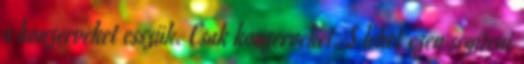
a konzerveket esszük. Csak konzerveket. S lehet ezen segíteni